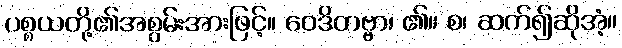
ပစ္စယတို့၏အစွမ်းအားဖြင့်။ ဝေဒိတဗ္ဗာ၊ ၏။ စ၊ ဆက်၍ဆိုအံ့။